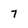
Character: 7